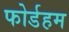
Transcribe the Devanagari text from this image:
फोर्डहम